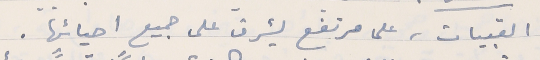
القبيات، على مرتفع يشرف على جميع احيائها.